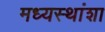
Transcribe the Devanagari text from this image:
मध्यस्थांशा